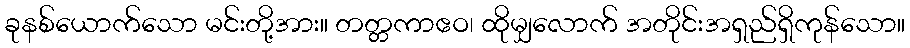
ခုနစ်ယောက်သော မင်းတို့အား။ တတ္တကာဧဝ၊ ထိုမျှလောက် အတိုင်းအရှည်ရှိကုန်သော။